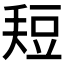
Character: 𰶚